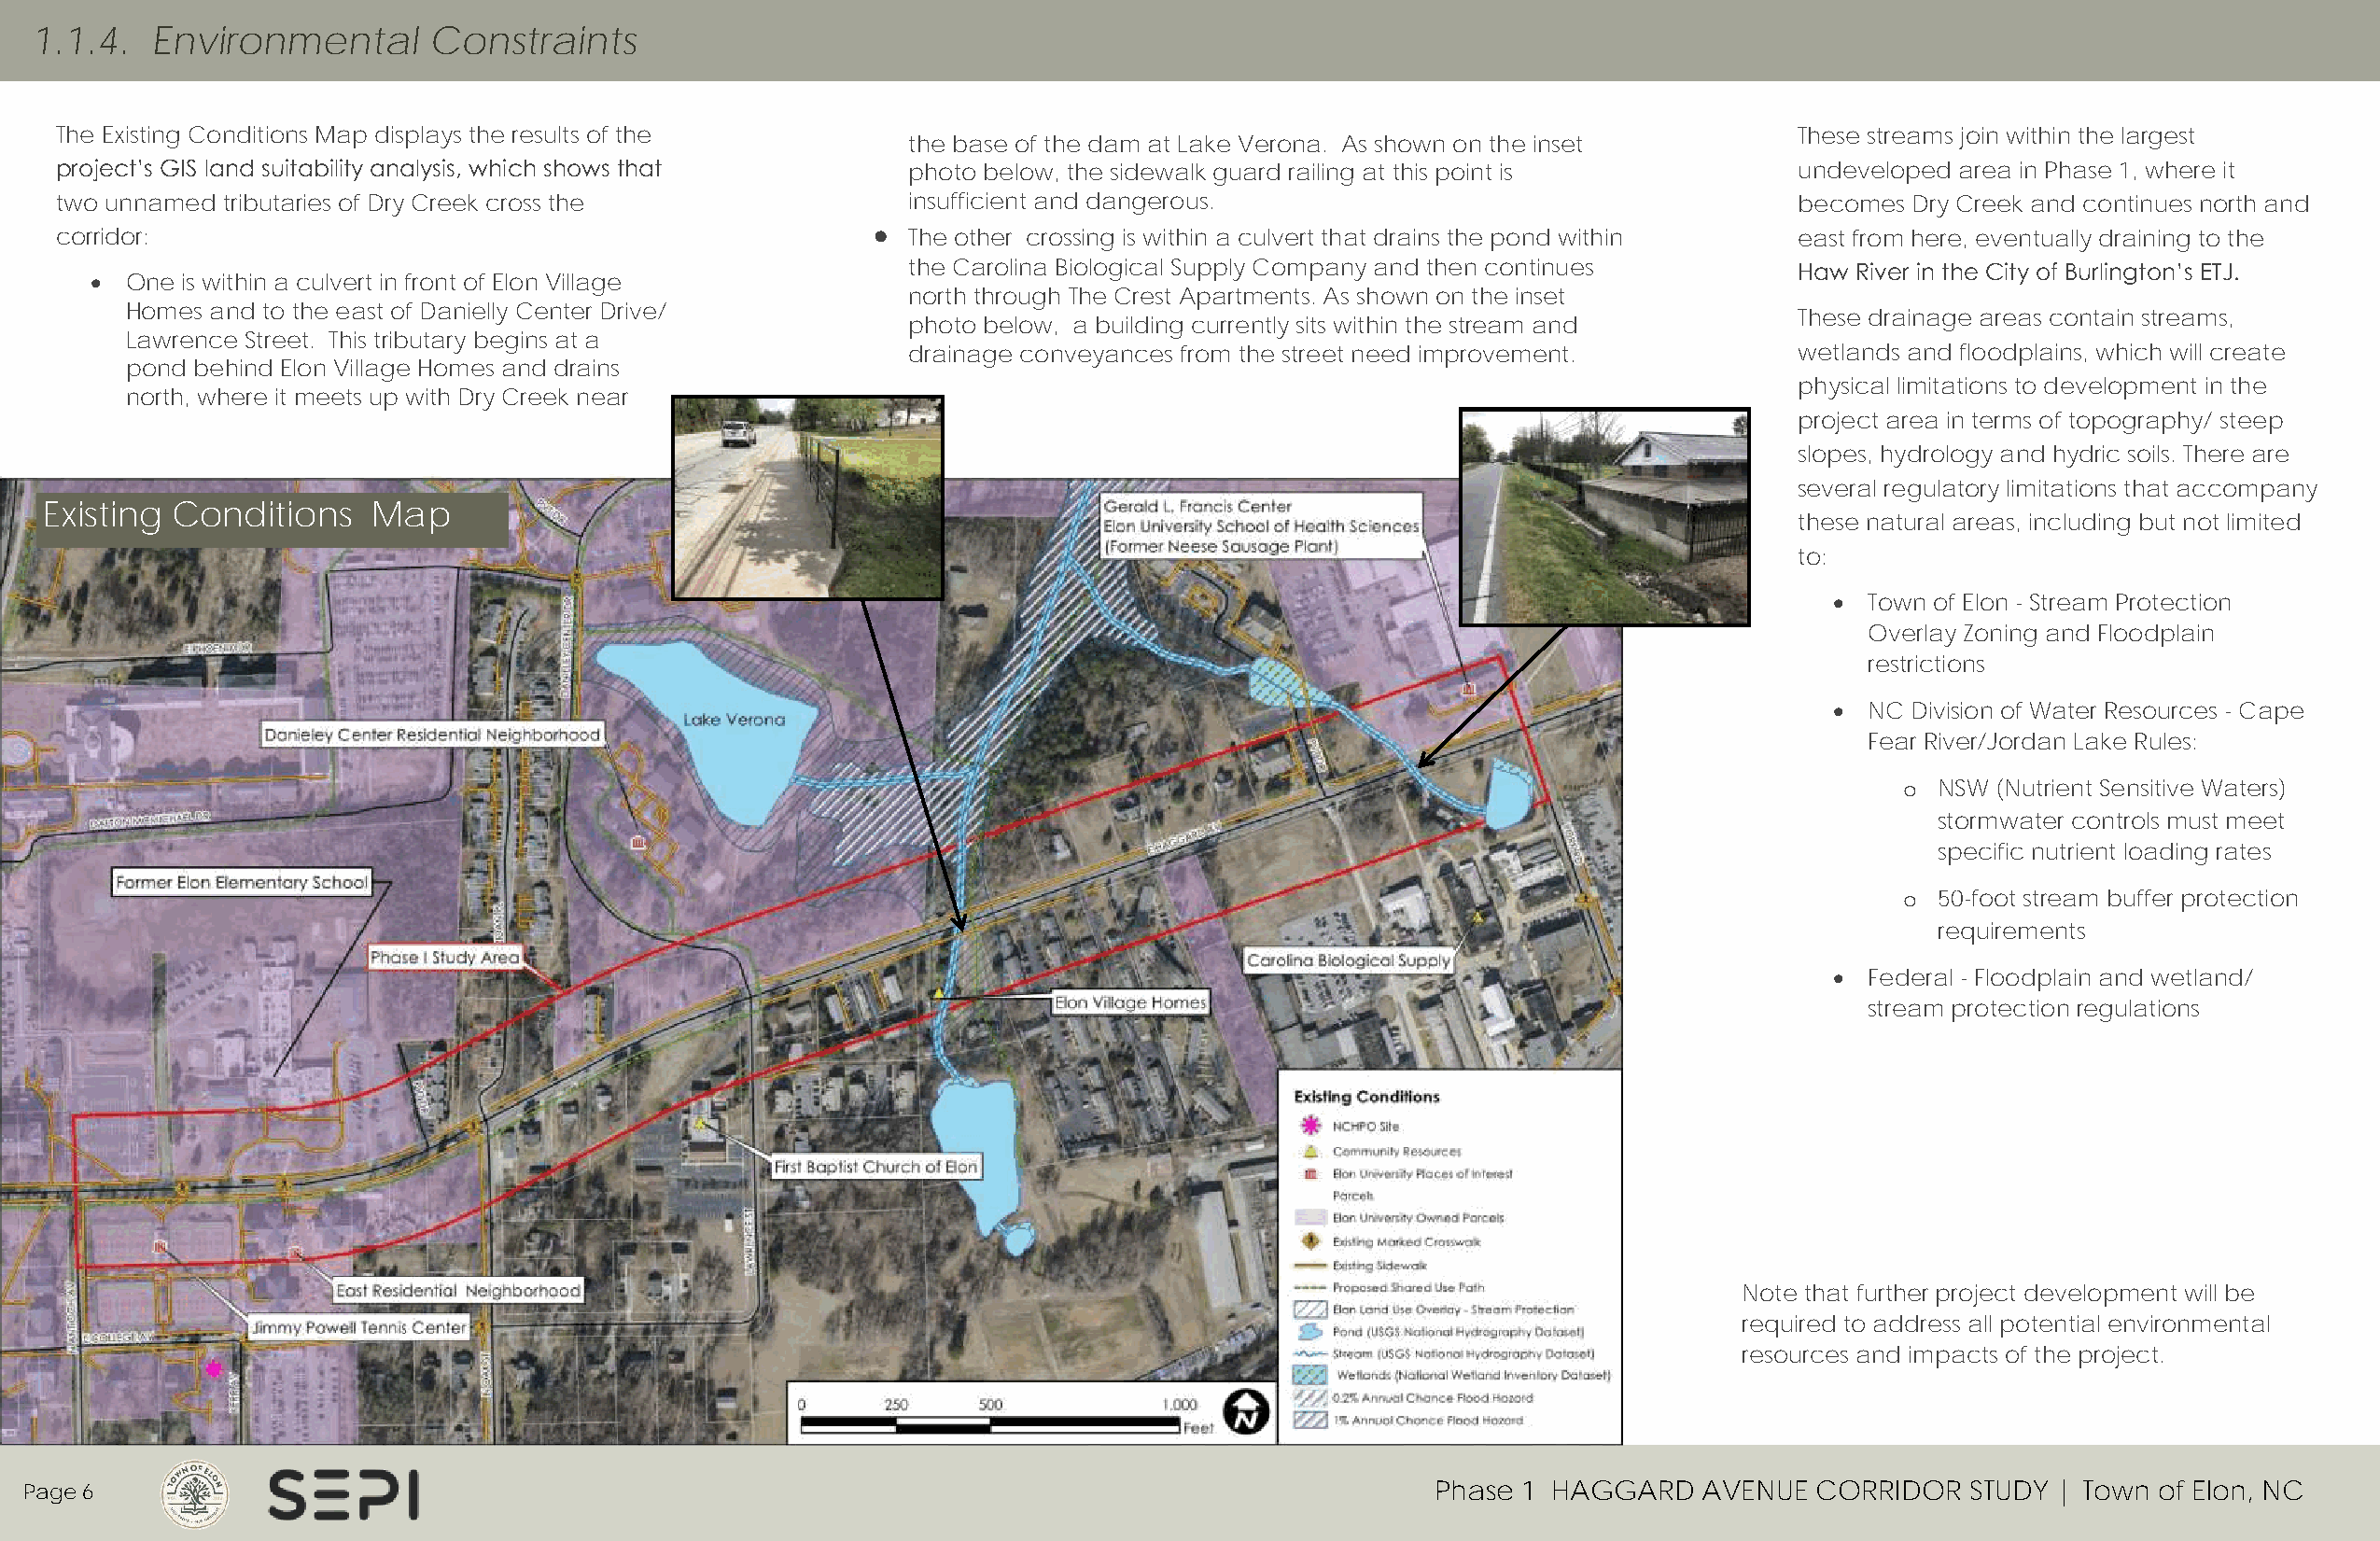
1.1.4.   Environmental      Constraints
 The Existing Conditions Map displays the results of the                                                                     These streams join within the largest
 the base of the dam at Lake Verona. As shown on the inset
 project’s GIS land suitability analysis, which shows that   photo below, the sidewalk guard railing at this point is        undeveloped area in Phase 1, where it
 two unnamed tributaries of Dry Creek cross the              insufficient and dangerous.                                     becomes Dry Creek and continues north and
 corridor:                                                 • The other crossing is within a culvert that drains the pond within east from here, eventually draining to the
 the Carolina Biological Supply Company and then continues       Haw River in the City of Burlington’s ETJ.
 •  One is within a culvert in front of Elon Village
 north through The Crest Apartments. As shown on the inset
 Homes and to the east of Danielly Center Drive/
 These drainage areas contain streams,
 photo below, a building currently sits within the stream and
 Lawrence Street. This tributary begins at a
 drainage conveyances from the street need improvement.          wetlands and floodplains, which will create
 pond behind Elon Village Homes and drains
 physical limitations to development in the
 north, where it meets up with Dry Creek near
 project area in terms of topography/ steep
 slopes, hydrology and hydric soils. There are
 several regulatory limitations that accompany
 Existing Conditions    Map
 these natural areas, including but not limited
 to:
 •  Town of Elon - Stream Protection
 Overlay Zoning and Floodplain
 restrictions
 •  NC Division of Water Resources - Cape
 Fear River/Jordan Lake Rules:
 o NSW  (Nutrient Sensitive Waters)
 stormwater controls must meet
 specific nutrient loading rates
 o 50-foot stream buffer protection
 requirements
 •  Federal - Floodplain and wetland/
 stream protection regulations
 Note that further project development will be
 required to address all potential environmental
 resources and impacts of the project.
 Page 6                                                                                              Phase 1 HAGGARD    AVENUE  CORRIDOR   STUDY | Town of Elon, NC